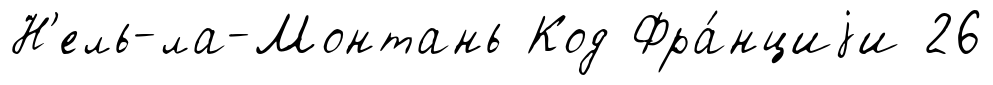
Н'ель-ла-Монтань Код Фра́нциjи 26